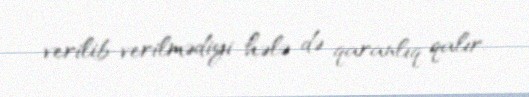
verilib-verilmədiyi hələ də qaranlıq qalır.